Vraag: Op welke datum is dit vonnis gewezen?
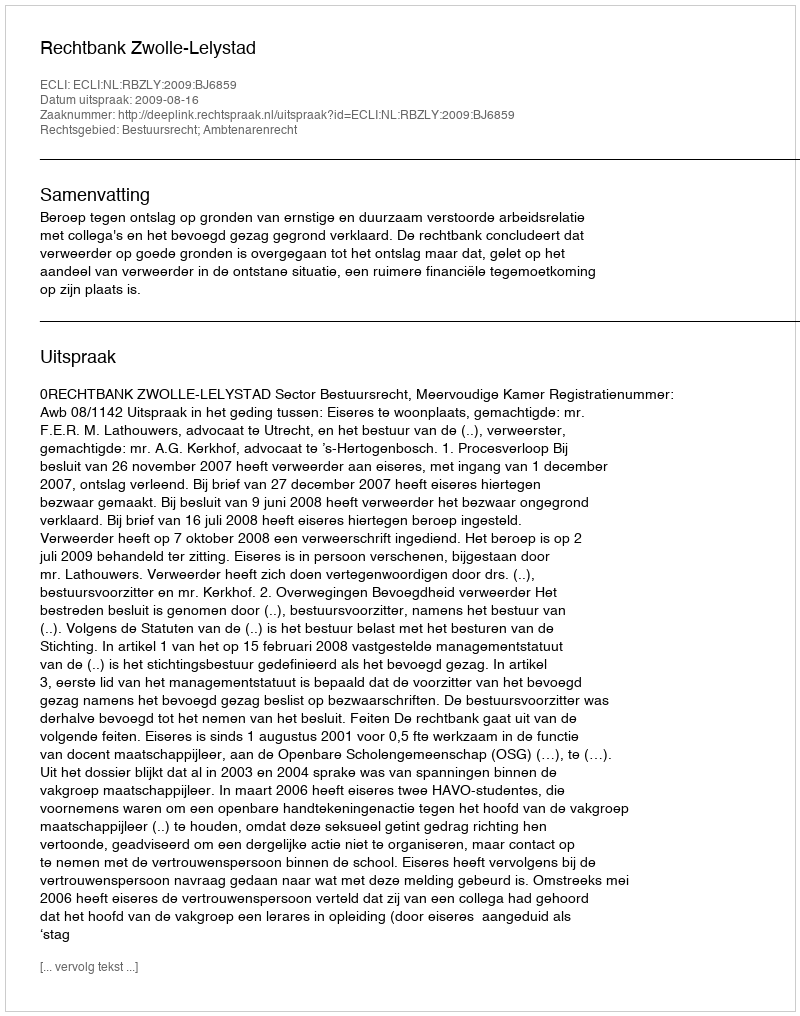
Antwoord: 2009-08-16